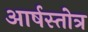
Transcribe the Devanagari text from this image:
आर्षस्तोत्र